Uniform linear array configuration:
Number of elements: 4
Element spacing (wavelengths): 0.25
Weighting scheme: blackman
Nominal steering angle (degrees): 15
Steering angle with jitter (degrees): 14.755
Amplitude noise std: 0.05
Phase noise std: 0.05

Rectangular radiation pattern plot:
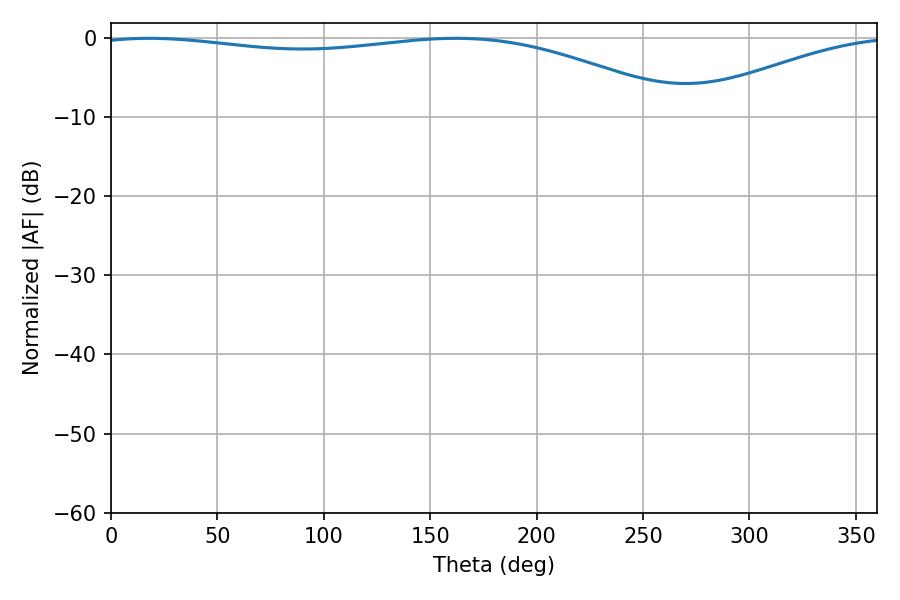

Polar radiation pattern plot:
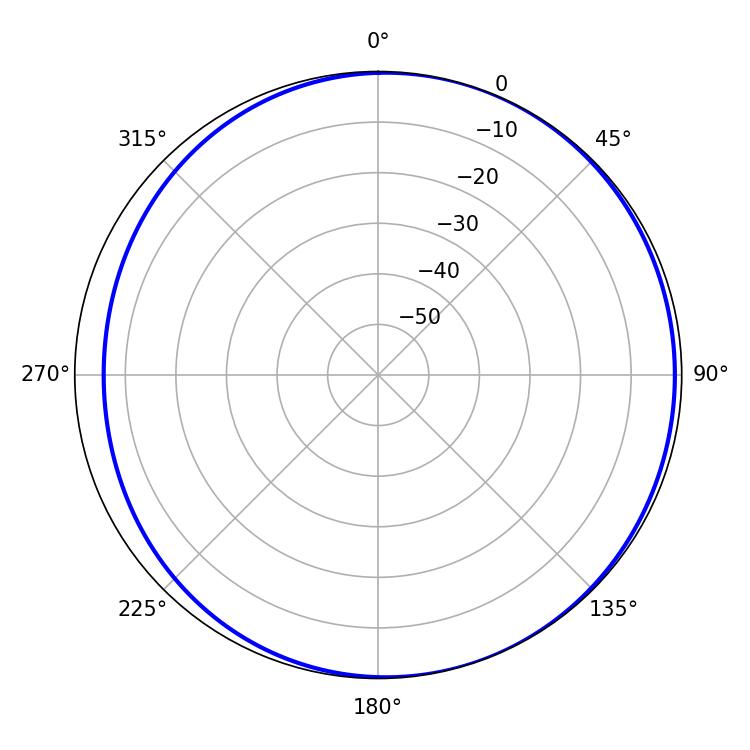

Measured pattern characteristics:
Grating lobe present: FALSE
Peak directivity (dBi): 3.835
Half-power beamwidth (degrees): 223.74
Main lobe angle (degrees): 18